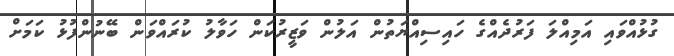
ގުޅުއްވައި އަމިއްލަ ފަރުދެއްގެ ހައިސިއްޔަތުން އަލުން ވަޒީރުކަން ހަވާލު ކުރައްވަން ބޭނުންފުޅު ކަމަށް